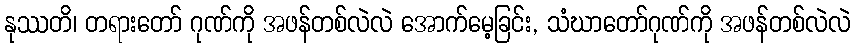
နုဿတိ၊ တရားတော် ဂုဏ်ကို အဖန်တစ်လဲလဲ အောက်မေ့ခြင်း, သံဃာတော်ဂုဏ်ကို အဖန်တစ်လဲလဲ